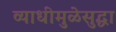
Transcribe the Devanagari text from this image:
व्याधीमुळेसुद्धा